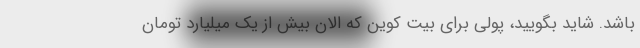
باشد. شاید بگویید، پولی برای بیت کوین که الان بیش از یک میلیارد تومان